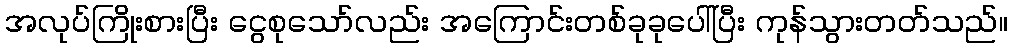
အလုပ်ကြိုးစားပြီး ငွေစုသော်လည်း အကြောင်းတစ်ခုခုပေါ်ပြီး ကုန်သွားတတ်သည်။